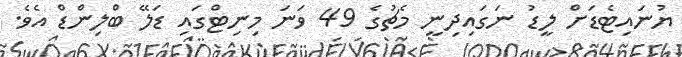
ޔުނައިޓެޑަށް ލީޑު ނަގައިދިނީ މެޗުގެ 49 ވަނަ މިނިޓްގައި ޑަލޭ ބްލިންޑް އެވެ.